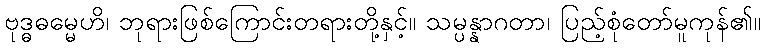
ဗုဒ္ဓဓမ္မေဟိ၊ ဘုရားဖြစ်ကြောင်းတရားတို့နှင့်။ သမ္ပန္နာဂတာ၊ ပြည့်စုံတော်မူကုန်၏။